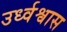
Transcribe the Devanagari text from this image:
उर्ध्वश्वास